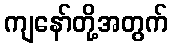
ကျနော်တို့အတွက်